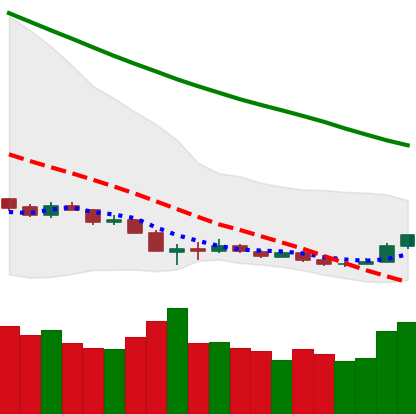
Ticker: ETH-USD
Chart end date: 2018-12-18
Forward return: 29.327%
Label: up_7plus